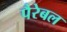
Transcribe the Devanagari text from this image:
पैरेबल